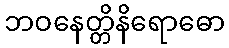
ဘဝနေတ္တိနိရောဓော